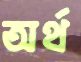
অর্থ